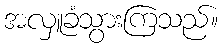
အလှူခံသွားကြသည်။